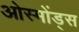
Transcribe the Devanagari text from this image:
ओस्मोंड्स